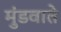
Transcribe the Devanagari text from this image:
मुंडवाते